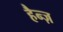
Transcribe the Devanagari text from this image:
हैन्ज़